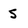
Character: S